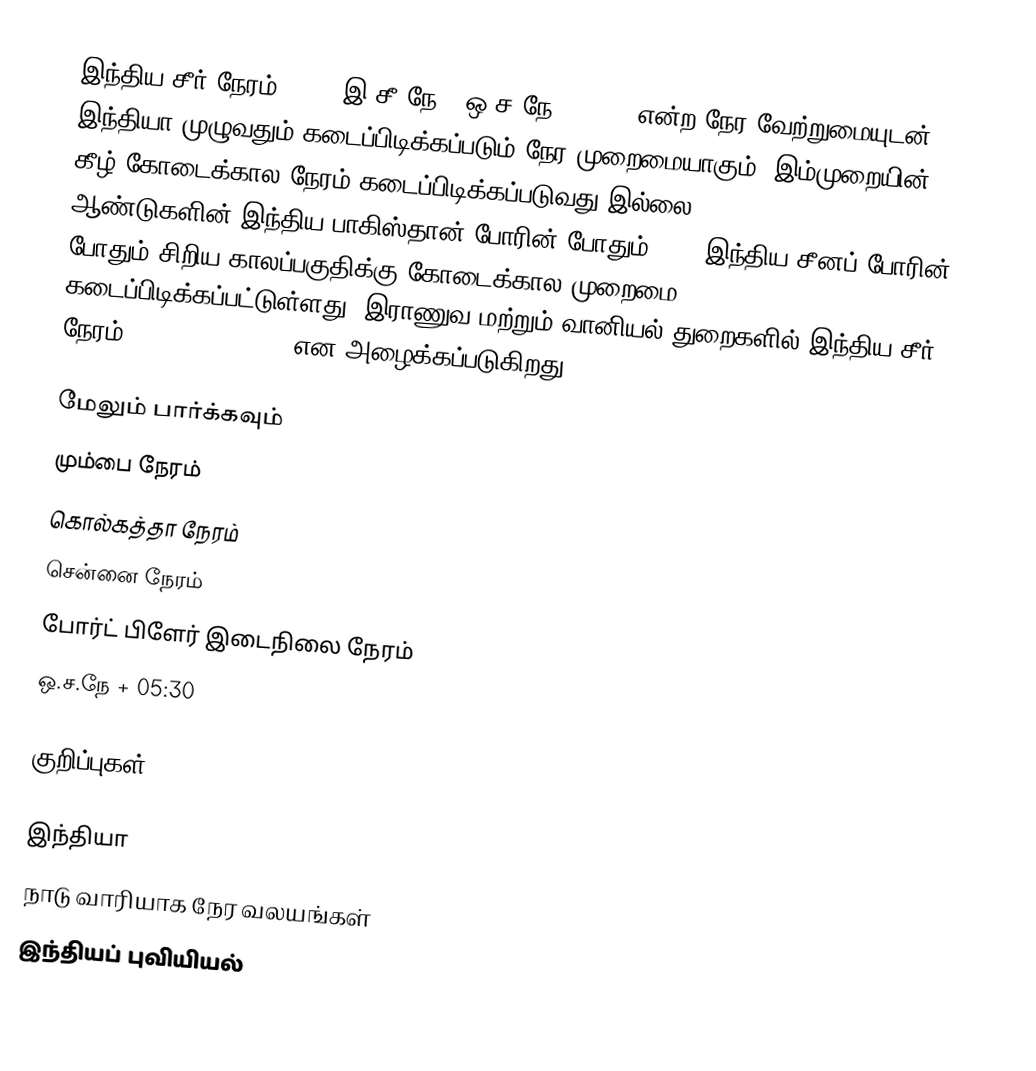
இந்திய சீர் நேரம் (IST, இ.சீ.நே.) ஒ.ச.நே + 05:30 என்ற நேர வேற்றுமையுடன் இந்தியா முழுவதும் கடைப்பிடிக்கப்படும் நேர முறைமையாகும். இம்முறையின் கீழ் கோடைக்கால நேரம் கடைப்பிடிக்கப்படுவது இல்லை. 1965, 1971 ஆண்டுகளின் இந்திய பாகிஸ்தான் போரின் போதும் 1962 இந்திய சீனப் போரின் போதும் சிறிய காலப்பகுதிக்கு கோடைக்கால முறைமை கடைப்பிடிக்கப்பட்டுள்ளது. இராணுவ மற்றும் வானியல் துறைகளில் இந்திய சீர் நேரம் E* ("Echo-Star") என அழைக்கப்படுகிறது.

மேலும் பார்க்கவும்
மும்பை நேரம்
கொல்கத்தா நேரம்
சென்னை நேரம்
போர்ட் பிளேர் இடைநிலை நேரம்
ஒ.ச.நே + 05:30

குறிப்புகள்

இந்தியா
நாடு வாரியாக நேர வலயங்கள்
இந்தியப் புவியியல்